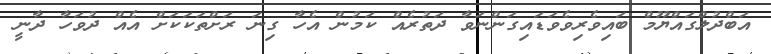
އަބްދުލްގައްޔޫމް ބައިވެރިވެވަޑައިގަންނަވާ ދަތުރެއް ކަމުން އެހާ ގިނަ ރަށްތަކަކަށް އެއް ދުވަހާ ދާނީ